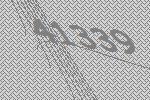
41339